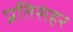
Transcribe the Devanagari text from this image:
प्रतिसंहर